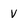
Character: V